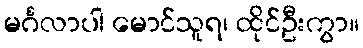
မင်္ဂလာပါ မောင်သူရ၊ ထိုင်ဦးကွာ။